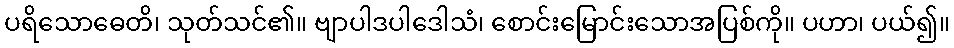
ပရိသောဓေတိ၊ သုတ်သင်၏။ ဗျာပါဒပါဒေါသံ၊ စောင်းမြောင်းသောအပြစ်ကို။ ပဟာ၊ ပယ်၍။